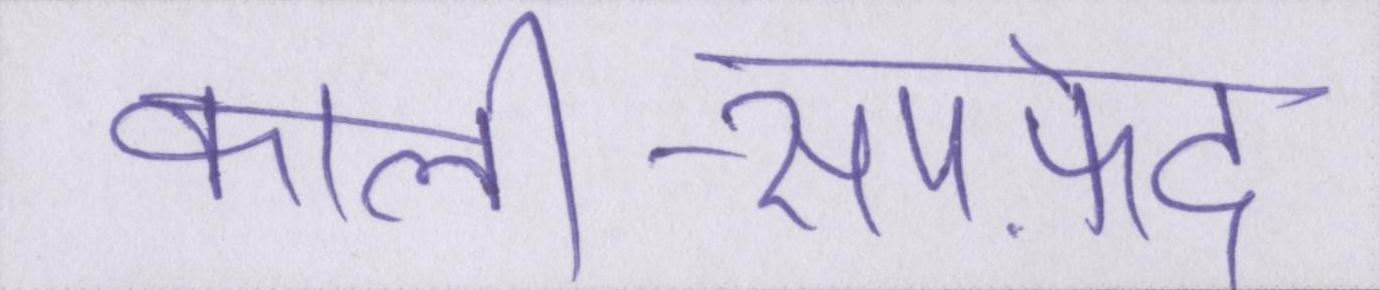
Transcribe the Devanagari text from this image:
काली-सपफ़ेद